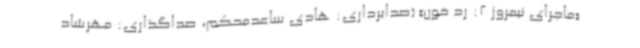
«ماجرای نیمروز 2: رد خون» (صدابرداری: هادی ساعدمحکم، صداگذاری: مهرشاد